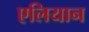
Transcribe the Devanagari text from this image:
एलियान